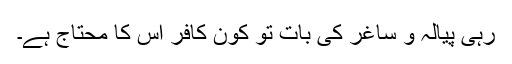
رہی پیالہ و ساغر کی بات تو کون کافر اس کا محتاج ہے۔